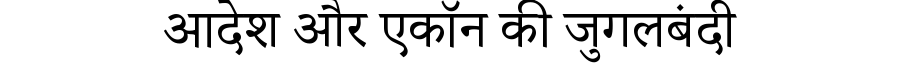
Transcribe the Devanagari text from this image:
आदेश और एकॉन की जुगलबंदी